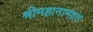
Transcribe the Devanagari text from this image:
श्रीमहानामव्रत